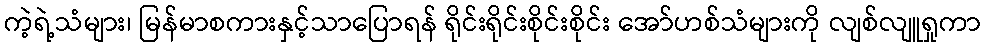
ကဲ့ရဲ့သံများ၊ မြန်မာစကားနှင့်သာပြောရန် ရိုင်းရိုင်းစိုင်းစိုင်း အော်ဟစ်သံများကို လျစ်လျူရှုကာ